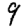
Digit: 9